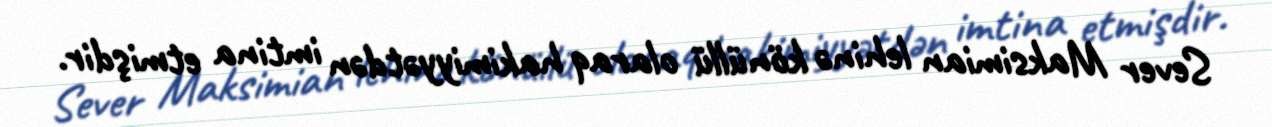
Sever Maksimian lehinə könüllü olaraq hakimiyyətdən imtina etmişdir.